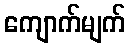
ကျောက်မျက်